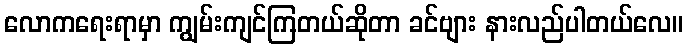
လောကရေးရာမှာ ကျွမ်းကျင်ကြတယ်ဆိုတာ ခင်ဗျား နားလည်ပါတယ်လေ။